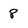
Character: 8